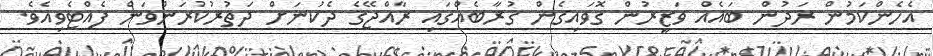
އެހެންކަމުން ރަދުން ބައެއް ވަޒީރުން ގޮވައިގެން ގުރާބެއްގައި ރާއްޖޭގެ ދެކުނަށް ދަތުރުކުރަންވަން ފެއްޓެވިއެވެ.